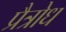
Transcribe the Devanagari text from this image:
प्रैत्रोध